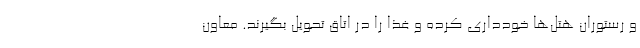
و رستوران هتل‌ها خودداری کرده و غذا را در اتاق تحویل بگیرند. معاون